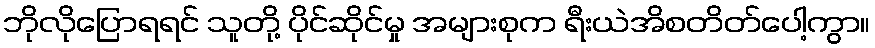
ဘိုလိုပြောရရင် သူတို့ ပိုင်ဆိုင်မှု အများစုက ရီးယဲအိစတိတ်ပေါ့ကွာ။